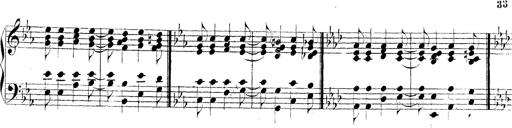
Title: Technische Studien
Composer: Franz Liszt